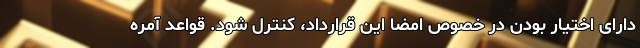
دارای اختیار بودن در خصوص امضا این قرارداد، کنترل شود. قواعد آمره